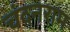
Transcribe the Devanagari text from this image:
चंदनराम